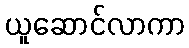
ယူဆောင်လာကာ